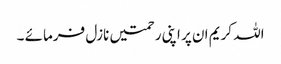
اللہ کریم ان پر اپنی رحمتیں نازل فرمائے ۔